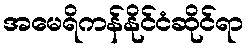
အမေရိကန်နိုင်ငံဆိုင်ရာ